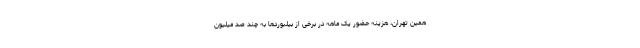
همین تهران، هزینه حضور یک ماهه در برخی از بیلبوردها به چند صد میلیون